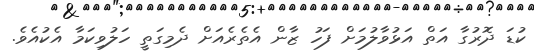
ކުޑަ ދޮރުގާ އަތް އަޅުވާލުމަށް ފަހު ޒާން އެތެރެއަށް ދެމިގަތީ ހަލުވިކަމާ އެކުއެވެ.